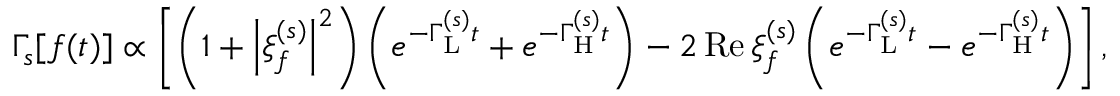
\Gamma _ { s } [ f ( t ) ] \propto \left[ \left( 1 + \left| \xi _ { f } ^ { ( s ) } \right| ^ { 2 } \right) \left( e ^ { - \Gamma _ { \mathrm { L } } ^ { ( s ) } t } + e ^ { - \Gamma _ { \mathrm { H } } ^ { ( s ) } t } \right) - 2 \, \mathrm { R e } \, \xi _ { f } ^ { ( s ) } \left( e ^ { - \Gamma _ { \mathrm { L } } ^ { ( s ) } t } - e ^ { - \Gamma _ { \mathrm { H } } ^ { ( s ) } t } \right) \right] ,